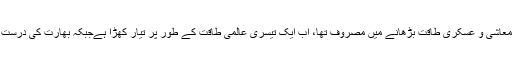
تیسری بڑی تبدیلی یہ آئی ہے کہ چین ، جوعرصہ دراز سے خاموشی سے اپنی معاشی و عسکری طاقت بڑھانے میں مصروف تھا، اب ایک تیسری عالمی طاقت کے طور پر تیار کھڑا ہےجبکہ بھارت کی درست پالیسیوں کی بدولت بھارت بھی ایک ابھرتی طاقت کا درجہ حاصل کر چکا ہے۔